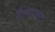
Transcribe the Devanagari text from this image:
कैम्शाफ्ट